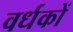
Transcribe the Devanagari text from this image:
वर्धकों